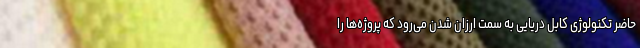
حاضر تکنولوژی کابل دریایی به سمت ارزان شدن می‌رود که پروژه‌ها را